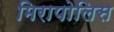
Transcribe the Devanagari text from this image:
मिरापोलिस